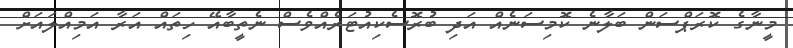
މީނާގެ ކޮރަޕްސަން ބަލާނެ ކޮމިސަނެއް އަދި ބުރޮސެކިއުޓަރެއްވެސް ނެތީބާއޭ ހިތައް އަރާ އަމިއްލައަށް